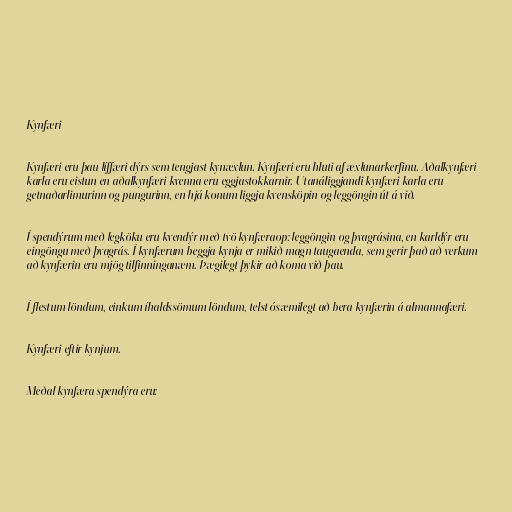
Kynfæri

Kynfæri eru þau líffæri dýrs sem tengjast kynæxlun. Kynfæri eru hluti af æxlunarkerfinu. Aðalkynfæri
karla eru eistun en aðalkynfæri kvenna eru eggjastokkarnir. Utanáliggjandi kynfæri karla eru
getnaðarlimurinn og pungurinn, en hjá konum liggja kvensköpin og leggöngin út á við.

Í spendýrum með legköku eru kvendýr með tvö kynfæraop: leggöngin og þvagrásina, en karldýr eru
eingöngu með þvagrás. Í kynfærum beggja kynja er mikið magn taugaenda, sem gerir það að verkum
að kynfærin eru mjög tilfinninganæm. Þægilegt þykir að koma við þau.

Í flestum löndum, einkum íhaldssömum löndum, telst ósæmilegt að bera kynfærin á almannafæri.

Kynfæri eftir kynjum.

Meðal kynfæra spendýra eru: